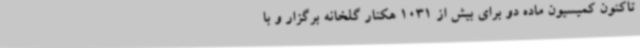
تاکنون کمیسیون ماده دو برای بیش از 1031 هکتار گلخانه برگزار و با